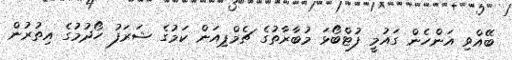
ބޭއްވި އަންހެން ގައުމީ ފުޓްބޯޅަ މުބާރާތުގެ ޗެމްޕިއަން ކަމުގެ ޝަރަފު ހޯދުމުގެ އިތުރުން